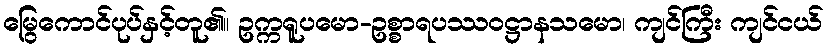
မြွေကောင်ပုပ်နှင့်တူ၏။ ဥက္ကရူပမော-ဥစ္စာရပဿဝဋ္ဌာနသမော၊ ကျင်ကြီး ကျင်ငယ်